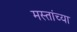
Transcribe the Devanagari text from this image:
मस्तांच्या